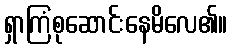
ရှာကြံစုဆောင်းနေမိလေ၏။